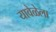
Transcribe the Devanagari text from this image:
यावेळेला